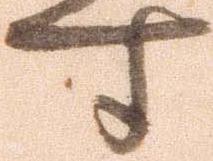
す